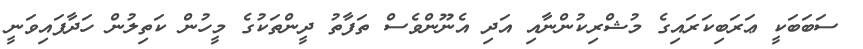
ސަބަބަކީ ޢަރަބިކަރައިގެ މުޝްރިކުންނާއި އަދި އެނޫންވެސް ތަފާތު ދީންތަކުގެ މީހުން ކަތިލުން ހަދާފައިވަނީ